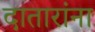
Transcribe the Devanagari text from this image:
दातारांना